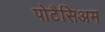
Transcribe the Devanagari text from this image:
पोटैसिअम